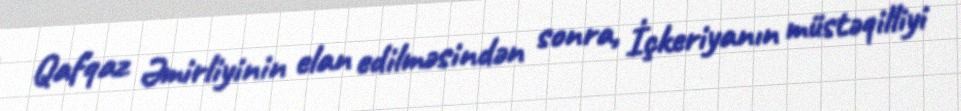
Qafqaz Əmirliyinin elan edilməsindən sonra, İçkeriyanın müstəqilliyi